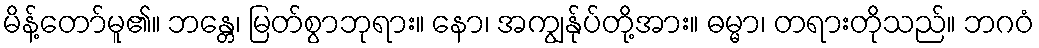
မိန့်တော်မူ၏။ ဘန္တေ၊ မြတ်စွာဘုရား။ နော၊ အကျွန်ုပ်တို့အား။ ဓမ္မာ၊ တရားတိုသည်။ ဘဂဝံ